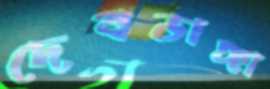
দেবডাঙ্গা